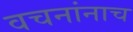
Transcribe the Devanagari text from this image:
वचनांनाच